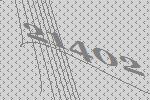
21402